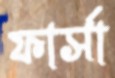
ফার্সা